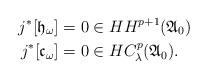
LaTeX: \begin{align*}j^*[\mathfrak{h}_\omega]&=0\in HH^{p+1}(\mathfrak{A}_0)\\j^*[\mathfrak{c}_\omega]&=0\in HC_\lambda^{p}(\mathfrak{A}_0).\end{align*}